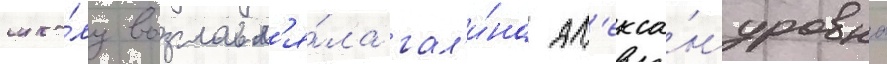
шко́лу возглавл'я́ла гал'и́на ал'екса́ндровна